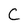
Character: C